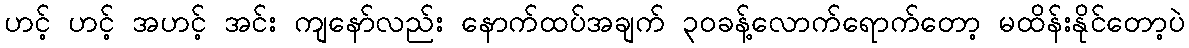
ဟင့် ဟင့် အဟင့် အင်း ကျနော်လည်း နောက်ထပ်အချက် ၃၀ခန့်လောက်ရောက်တော့ မထိန်းနိုင်တော့ပဲ